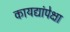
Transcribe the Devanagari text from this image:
कायद्यांपेक्षा